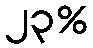
၂၃%